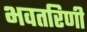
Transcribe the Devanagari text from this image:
भवतरिणी